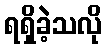
ရရှိခဲ့သလို